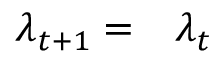
\begin{array} { r l } { \lambda _ { t + 1 } = } & { { } \lambda _ { t } } \end{array}